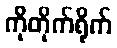
ကိုတိုက်ရိုက်